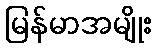
မြန်မာအမျိုး